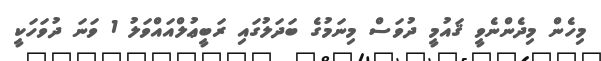
މިހެން މިދެންނެވީ ޤައުމީ ދުވަސް މިނަމުގެ ބަދަލުގައި ރަބީޢުލްއައްވަލު 1 ވަނަ ދުވަހަކީ